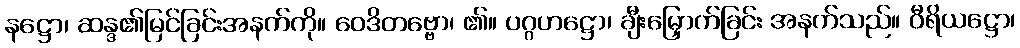
နဋ္ဌော၊ ဆန္ဒ၏မြင်ခြင်းအနက်ကို။ ဝေဒိတဗ္ဗော၊ ၏။ ပဂ္ဂဟဋ္ဌော၊ ချီးမြှောက်ခြင်း အနက်သည်။ ဝီရိယဋ္ဌော၊